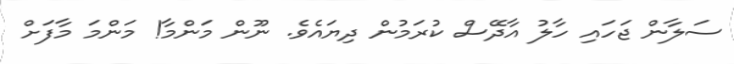
ސަލާން ޖަހައި ހާލު އާދޭސް ކުރަމުން ދިޔައެވެ. ނޫން މަންމާ! މަންމަ މާފަށް